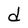
Character: d